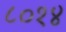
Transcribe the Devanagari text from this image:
८०१४